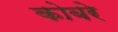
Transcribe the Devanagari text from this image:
कोबरे